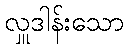
လှူဒါန်းသော